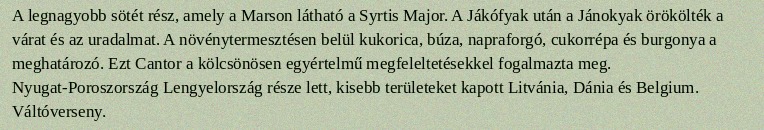
A legnagyobb sötét rész, amely a Marson látható a Syrtis Major. A Jákófyak után a Jánokyak örökölték a várat és az uradalmat. A növénytermesztésen belül kukorica, búza, napraforgó, cukorrépa és burgonya a meghatározó. Ezt Cantor a kölcsönösen egyértelmű megfeleltetésekkel fogalmazta meg. Nyugat-Poroszország Lengyelország része lett, kisebb területeket kapott Litvánia, Dánia és Belgium. Váltóverseny.